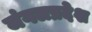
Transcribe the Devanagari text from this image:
जंगलप्रदेश